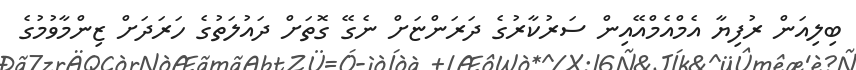
ބިލިއަން ރުފިޔާ އެމްއެމްއޭއިން ސަރުކާރުގެ ދަރަންޏަށް ނެގޭ ގޮތަށް ދައުލަތުގެ ހަރަދަށް ޒިންމާވުމުގެ